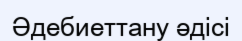
Әдебиеттану әдісі